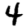
Digit: 4